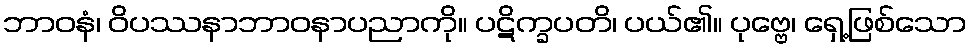
ဘာဝနံ၊ ဝိပဿနာဘာဝနာပညာကို။ ပဋိက္ခပတိ၊ ပယ်၏။ ပုဗ္ဗေ၊ ရှေ့ဖြစ်သော